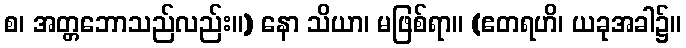
စ၊ အတ္တဘောသည်လည်း။) နော သိယာ၊ မဖြစ်ရာ။ (ဧတရဟိ၊ ယခုအခါ၌။